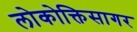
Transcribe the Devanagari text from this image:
लोकोक्तिसागर